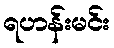
ရဟန်းမင်း